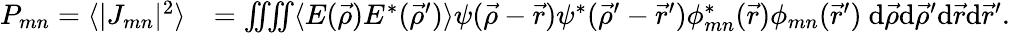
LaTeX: \begin{array}{rl}{P_{mn}=\langle|J_{mn}|^{2}\rangle}&{=\iiiint\langle E(\vec{\rho})E^{*}(\vec{\rho}^{\prime})\rangle\psi(\vec{\rho}-\vec{r})\psi^{*}(\vec{\rho}^{\prime}-\vec{r}^{\prime})\phi_{mn}^{*}(\vec{r})\phi_{mn}(\vec{r}^{\prime})\ \mathrm{d}\vec{\rho}\mathrm{d}\vec{\rho}^{\prime}\mathrm{d}\vec{r}\mathrm{d}\vec{r}^{\prime}.}\end{array}